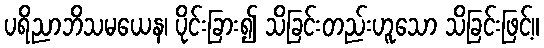
ပရိညာဘိသမယေန၊ ပိုင်းခြား၍ သိခြင်းတည်းဟူသော သိခြင်းဖြင့်။